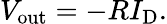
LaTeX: V_{\mathrm{out}}=-RI_{\mathrm{D}}.